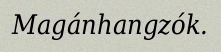
Magánhangzók.